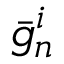
{ \bar { g } } _ { n } ^ { i }